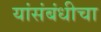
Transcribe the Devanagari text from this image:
यांसंबंधीचा